Annual report of the Punjab Veterinary College and of the Civil Veterinary Department, Punjab - 1926-1932
Year: 1926
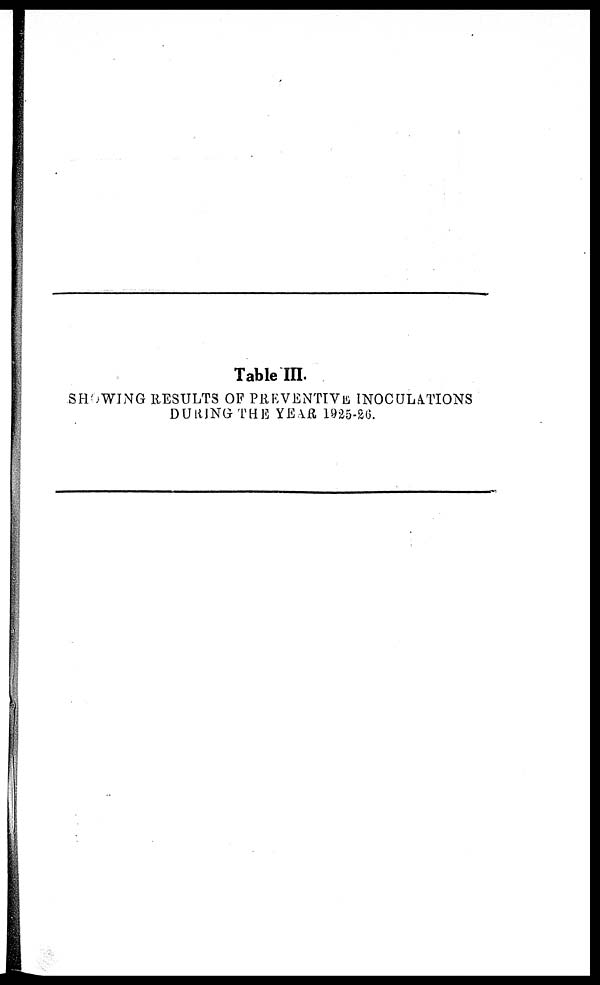
Table III.
SHOWING RESULTS OF PREVENTIVE INOCULATIONS
DURING THE YEAR 1925-26.